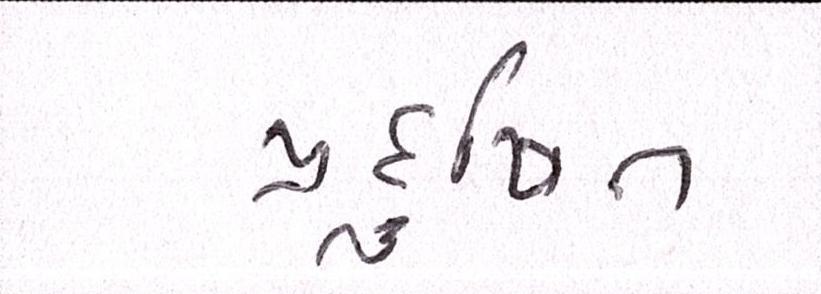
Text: પ્રદુષિત